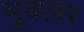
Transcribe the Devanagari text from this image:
मूवलर